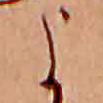
よ